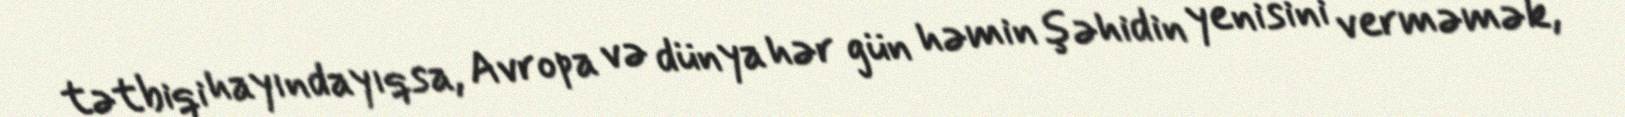
tətbiqi hayındayıqsa, Avropa və dünya hər gün həmin şəhidin yenisini verməmək,